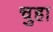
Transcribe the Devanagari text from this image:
चुहा